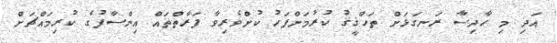
އަދި މި ހާދިސާ ރަނގަޅަށް ތަހްޤީޤު ކުރުމަށްފަހު ކުށްވެރިވާ ފަރާތްތައް އިންސާފުގެ ކުރިމައްޗަށް